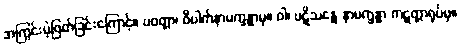
အကြွင်းမဲ့ဖြတ်ခြင်းကြောင့်။ ပဝတ္တာ၊ ဝိပါက်နာမက္ခန္ဓာမှ။ ဝါ၊ ပဋိသန္ဓေ နာမက္ခန္ဓာ ကဋတ္တာရုပ်မှ။